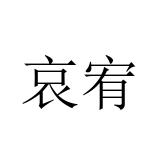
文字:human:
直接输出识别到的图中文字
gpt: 哀宥